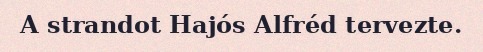
A strandot Hajós Alfréd tervezte.